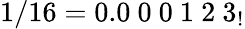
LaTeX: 1/16=0.0\ 0\ 0\ 1\ 2\ 3_{!}